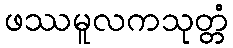
ဖဿမူလကသုတ္တံ